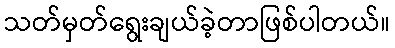
သတ်မှတ်ရွေးချယ်ခဲ့တာဖြစ်ပါတယ်။